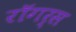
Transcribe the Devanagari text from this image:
रॉगर्स